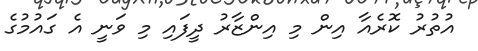
އުތުރު ކޮރެއާ އިން މި އިންޒާރު ދީފައި މި ވަނީ އެ ގައުމުގެ